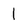
Character: 1